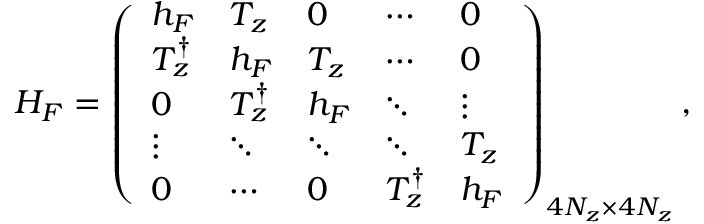
\begin{array} { r } { { \cal H } _ { F } = \left( \begin{array} { l l l l l } { h _ { F } } & { T _ { z } } & { 0 } & { \cdots } & { 0 } \\ { T _ { z } ^ { \dagger } } & { h _ { F } } & { T _ { z } } & { \cdots } & { 0 } \\ { 0 } & { T _ { z } ^ { \dagger } } & { h _ { F } } & { \ddots } & { \vdots } \\ { \vdots } & { \ddots } & { \ddots } & { \ddots } & { T _ { z } } \\ { 0 } & { \cdots } & { 0 } & { T _ { z } ^ { \dagger } } & { h _ { F } } \end{array} \right) _ { 4 N _ { z } \times 4 N _ { z } } , } \end{array}